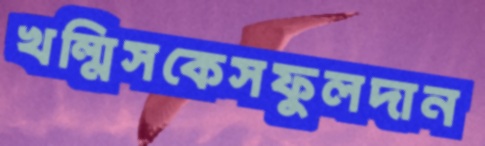
খল্মিসকেসফুলদান